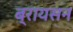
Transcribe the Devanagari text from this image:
ब्रायसन